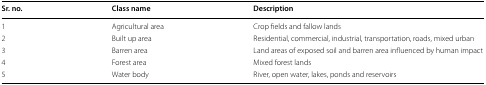
| Sr. no. | Class name | Description |
 | --- | --- | --- |
 | 1 | Agricultural area | Crop fields and fallow lands |
 | 2 | Built up area | Residential, commercial, industrial, transportation, roads, mixed urban |
 | 3 | Barren area | Land areas of exposed soil and barren area influenced by human impact |
 | 4 | Forest area | Mixed forest lands |
 | 5 | Water body | River, open water, lakes, ponds and reservoirs |